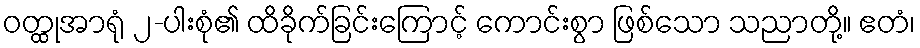
ဝတ္ထုအာရုံ ၂-ပါးစုံ၏ ထိခိုက်ခြင်းကြောင့် ကောင်းစွာ ဖြစ်သော သညာတို့။ ဧတံ၊